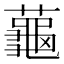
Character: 𬟏